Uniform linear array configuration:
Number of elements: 32
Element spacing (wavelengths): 0.75
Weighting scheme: uniform
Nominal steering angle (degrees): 0
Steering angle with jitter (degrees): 1.074
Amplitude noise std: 0.05
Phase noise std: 0.05

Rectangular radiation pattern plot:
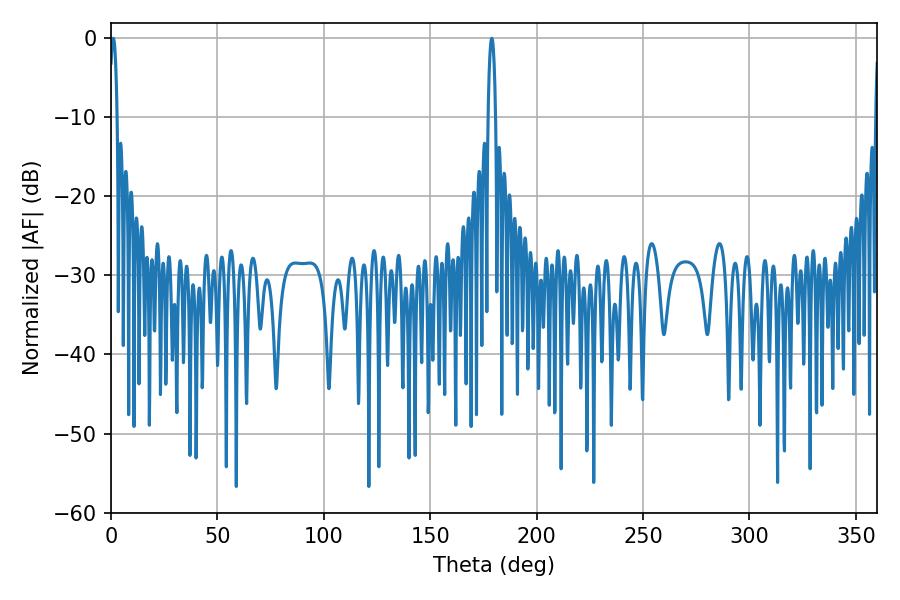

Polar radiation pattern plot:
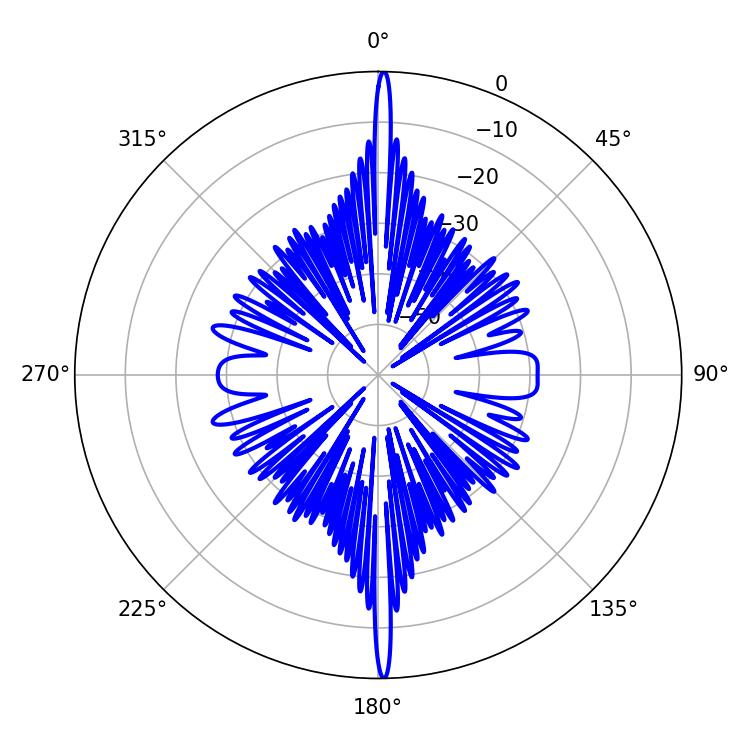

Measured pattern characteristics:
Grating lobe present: TRUE
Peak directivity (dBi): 31.433
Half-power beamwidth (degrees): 1.8
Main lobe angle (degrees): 1.08